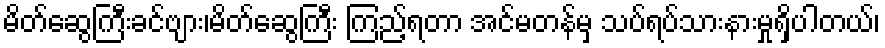
မိတ်ဆွေကြီးခင်ဗျား၊မိတ်ဆွေကြီး ကြည့်ရတာ အင်မတန်မှ သပ်ရပ်သားနားမှုရှိပါတယ်၊